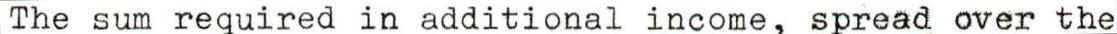
The sum required in additional income, spread over the